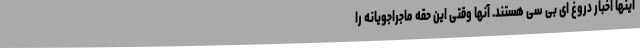
اینها اخبار دروغ ای بی سی هستند. آنها وقتی این حقه ماجراجویانه را